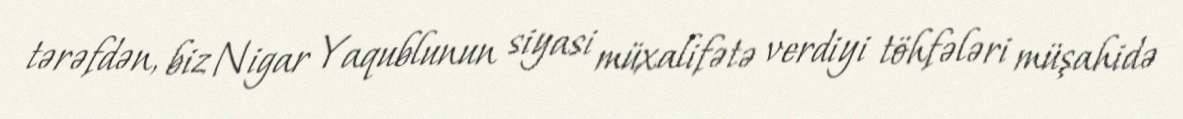
tərəfdən, biz Nigar Yaqublunun siyasi müxalifətə verdiyi töhfələri müşahidə